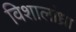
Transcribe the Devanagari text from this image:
विशालांध्रा